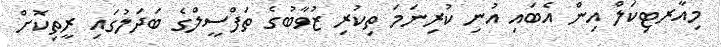
މިއާރޓިކަލް އިން އެބައި އުނި ކުރިނަމަ ތިކުރި ޒުވާބުގެ ތަފްސީލްގެ ބަދަލުގައި ރީތިކޮށް